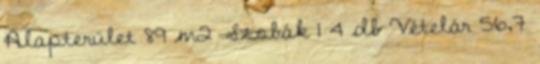
Alapterület 89 m2 Szobák 1 4 db Vételár 56,7